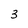
Character: 3